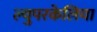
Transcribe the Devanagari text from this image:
ल्युपरकेलिया